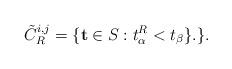
LaTeX: \begin{align*} \tilde{C}_R^{i, j} = \{ \mathbf{t} \in S_{} : t_\alpha^R < t_\beta \}.\}. \end{align*}